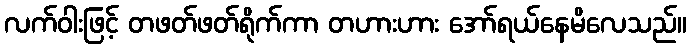
လက်ဝါးဖြင့် တဖတ်ဖတ်ရိုက်ကာ တဟားဟား အော်ရယ်နေမိလေသည်။